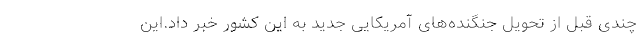
چندی قبل از تحویل جنگنده‌های آمریکایی جدید به این کشور خبر داد.این